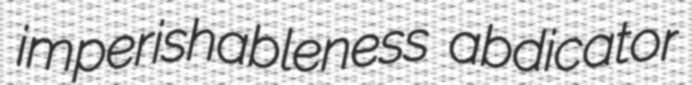
imperishableness abdicator